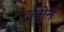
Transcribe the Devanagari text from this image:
दानोने